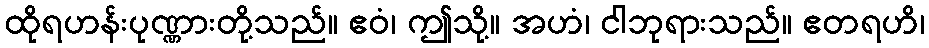
ထိုရဟန်းပုဏ္ဏားတို့သည်။ ဧဝံ၊ ဤသို့။ အဟံ၊ ငါဘုရားသည်။ ဧတရဟိ၊